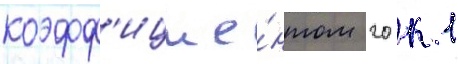
коэфф'ицие́нтом 20 к 1